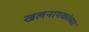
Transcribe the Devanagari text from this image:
खलनायकांच्या